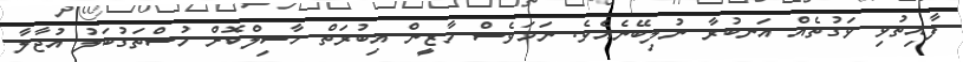
ފާއިތުވި ވަގުތެއް އަނބުރާ ނުލިބޭނެއެވެ. ނަމަވެސް މާޒީން އިބުރަތް ހާސިލްކޮށް މުސްތަގުބަލު އުޖާލާ